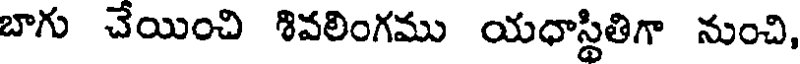
బాగు చేయించి శివలింగము యధాస్థితిగా నుంచి,